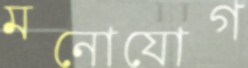
মনোযোগ